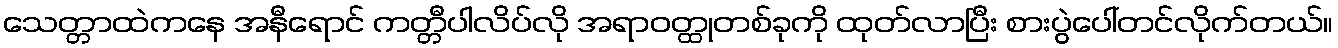
သေတ္တာထဲကနေ အနီရောင် ကတ္တီပါလိပ်လို အရာဝတ္ထုတစ်ခုကို ထုတ်လာပြီး စားပွဲပေါ်တင်လိုက်တယ်။